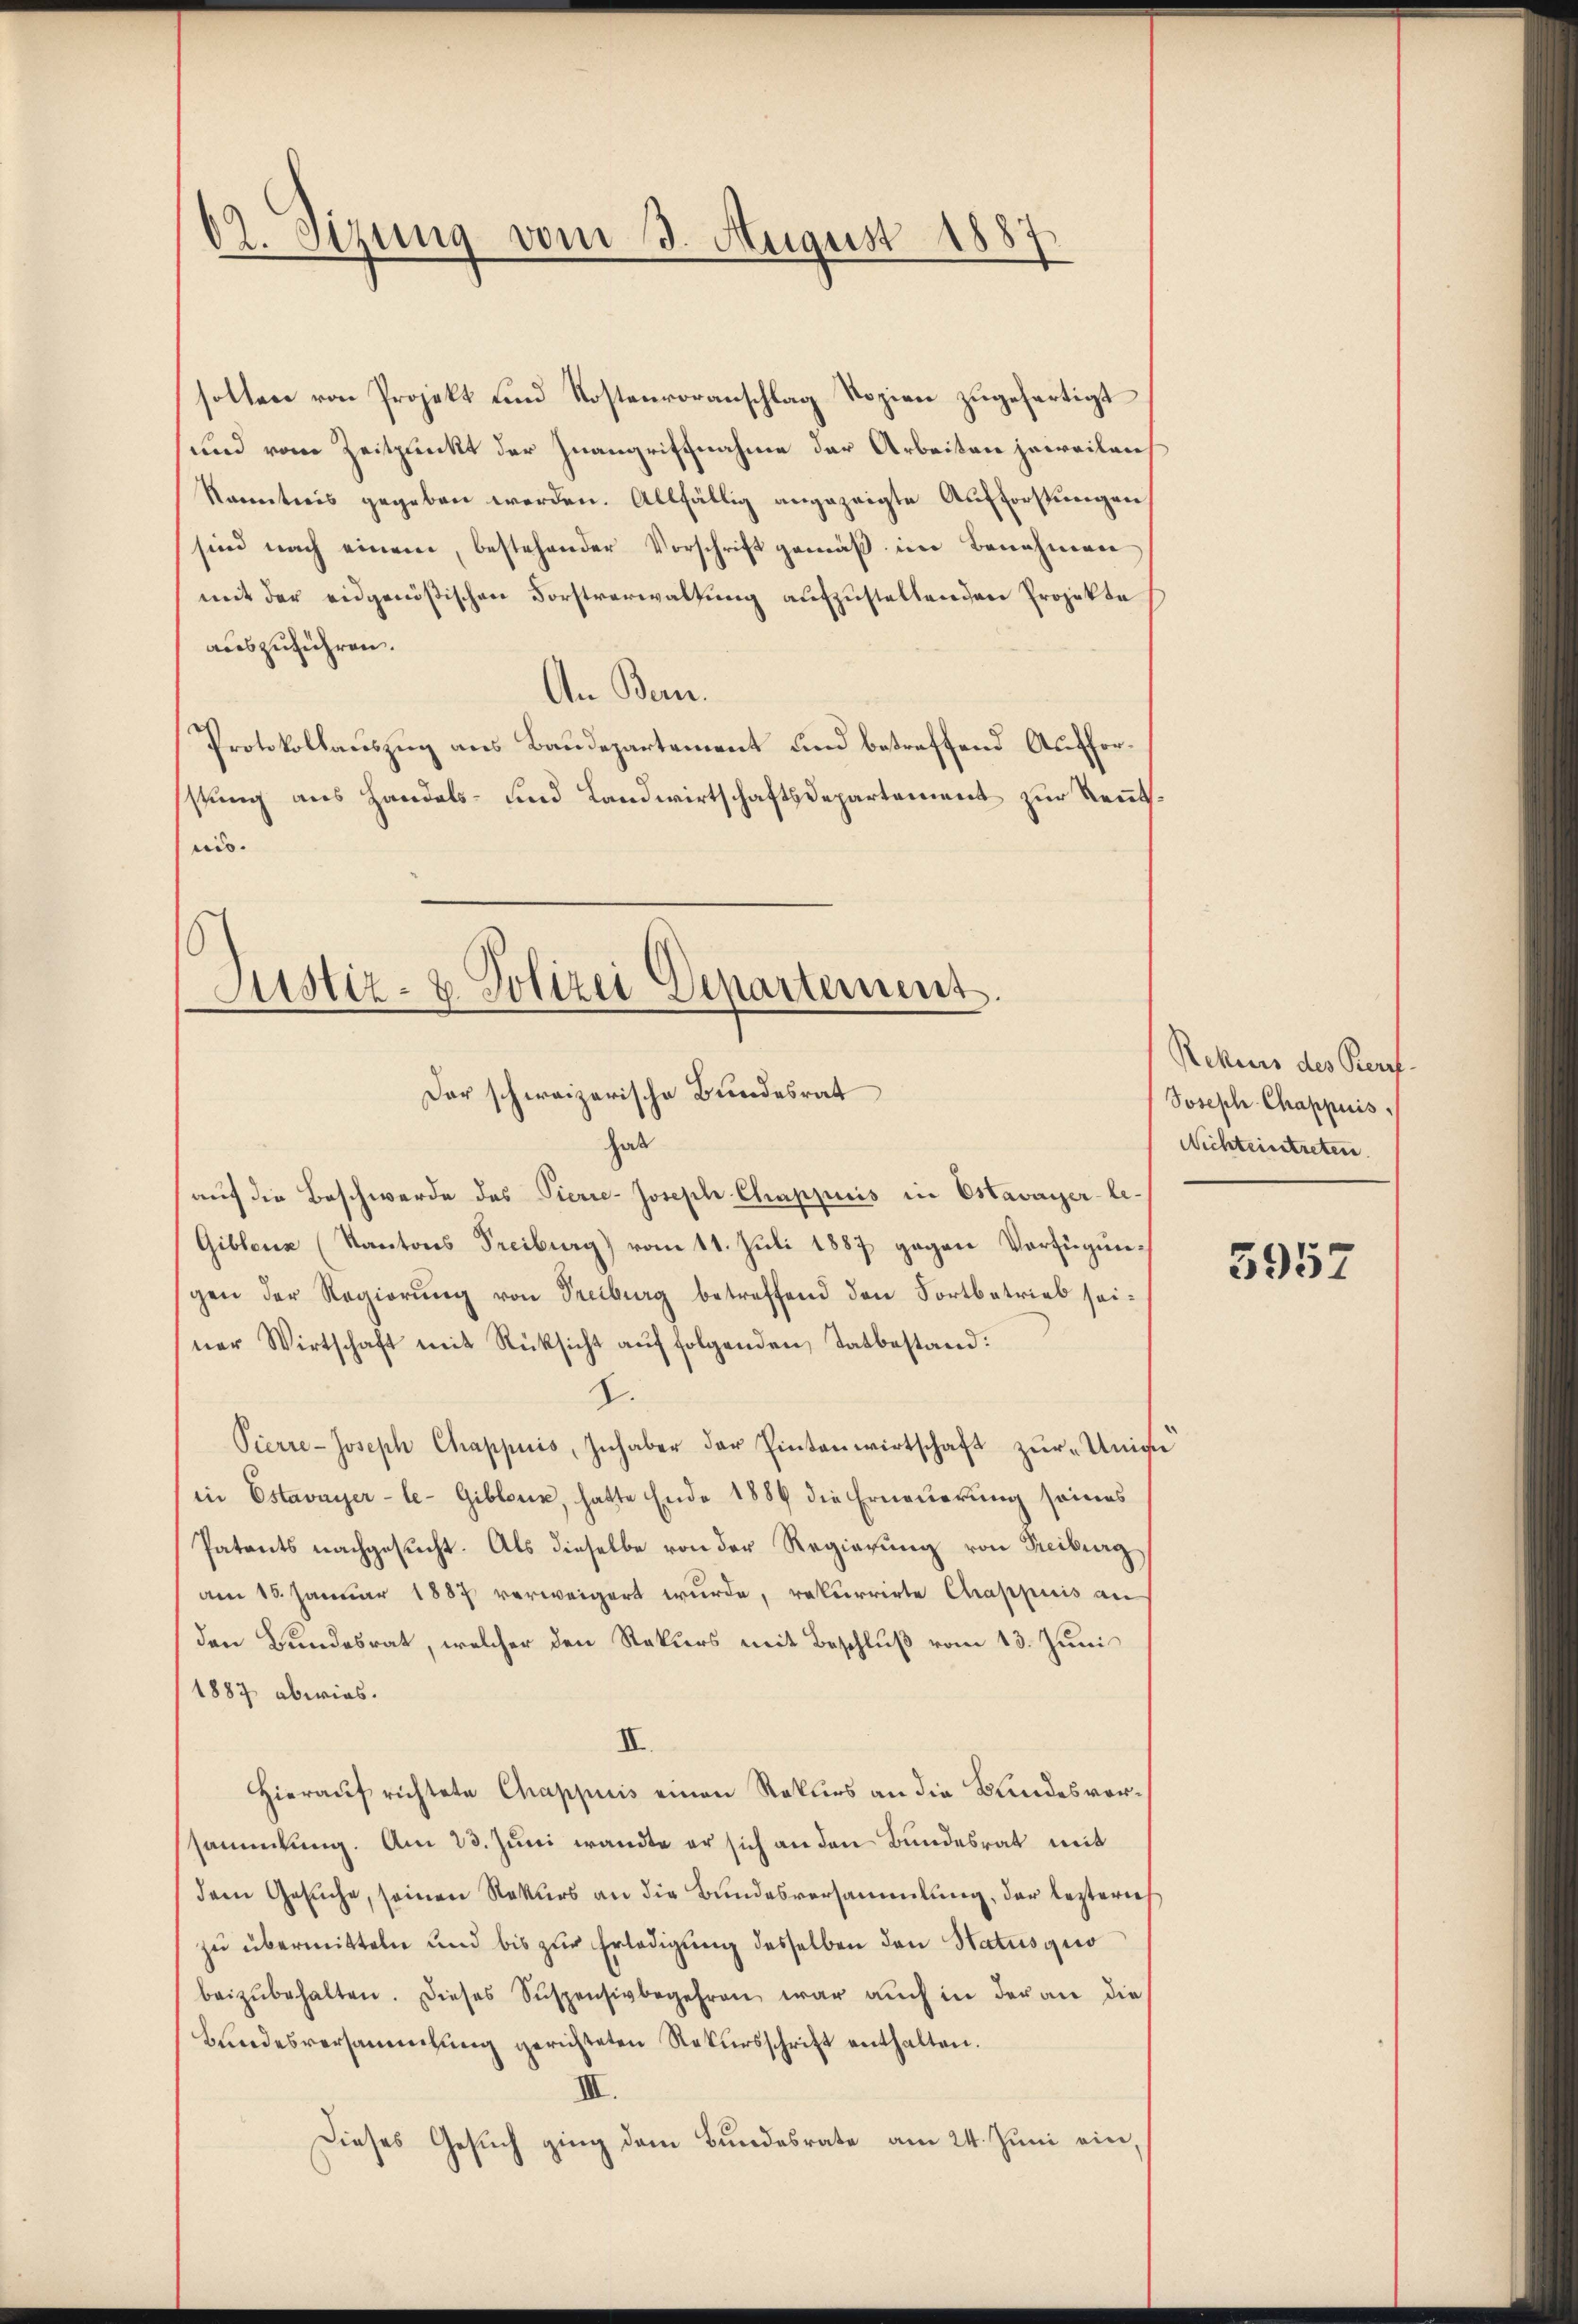
62. Sizung vom 3. August 1887.

solten von Projekt und Kostenvoranschlag Vozien zugefertigt
und vom Zeitpunkt der Inangriffnahme der Arbeiten jeweilen
Kenntnis gegeben werden. Allfällig angezeigte Aufforstungen
sind nach einem, bestehender Vorschrift gemäß im Benehmen
mit der eidgenößischen Forstverwaltung aufzustellenden Projekte
auszuführen.
An Bern.
Protokollauszug aus Baudepartement und betreffend Aufforsstung aus Handels- und Landwirtschaftsdepartement zur Rentnis.

Justiz- & Polizei Departement.
Der schweizerische Bundesrat
hab

auf die Beschwerde des Pierre-Joseph Chappuis in Estavayer-le-
Giblenz (Kantons Freiburg) vom 11. Juli 1887 gegen Verfügungen der Regierung von Treiburg betreffend den Fortbetrieb seiner Wirtschaft mit Rücksicht aŭf folgenden Tatbestand:
2.
Pierre-Joseph Chappuis, Inhaber der Pintenwirtschaft zŭr Unive
in Estavayer-le-Giblenz, hatte Ende 1889 die Erneuerung seines
Patents nachgesucht. Als dieselbe von der Regierung von Freiburg
am 18. Januar 1887 verweigert wurde, rekurrirte Chappuis an
den Bundesrat, welcher den Rekurs mit Beschluß vom 13. Juni
1887 abwies.
III.
Hierauf richtete Chappuis einen Rekurs an die Bundesversammlung. Am 23. Juni wandte er sich an den Bundesrat mit
dem Gesuche, seinen Rekurs an die Bundesversammlung, der leztere
zu übermitteln und bis zŭr Erledigung desselben den Statusgio
beizŭbehalten. Dieses Suspensivbegehren war aŭch in der an die
Bundesversammlung gerichteten Rekursschrift enthalten.
III.
Dieses Gesuch ging dem Bundesrate am 24. Juni ein,

Rekurs des Beruf-
Joseph Chappuis,
Nichteintreten

5957